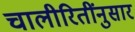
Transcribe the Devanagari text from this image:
चालीरितींनुसार